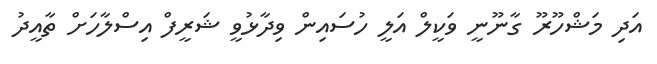
އަދި މަޝްހޫރޫ ގާނޫނީ ވަކީލް އަލީ ހުސައިން ވިދާޅުވީ ޝަރީފް އިސްލާހަށް ތާއީދު